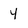
Character: 4